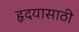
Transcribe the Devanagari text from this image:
हृदयासाठी